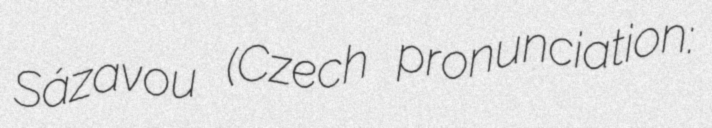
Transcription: Sázavou (Czech pronunciation: